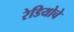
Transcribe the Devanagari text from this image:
रेडियोचे